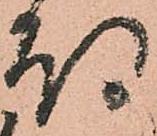
待